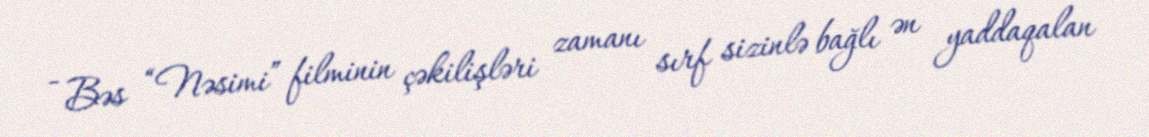
- Bəs “Nəsimi” filminin çəkilişləri zamanı sırf sizinlə bağlı ən yaddaqalan